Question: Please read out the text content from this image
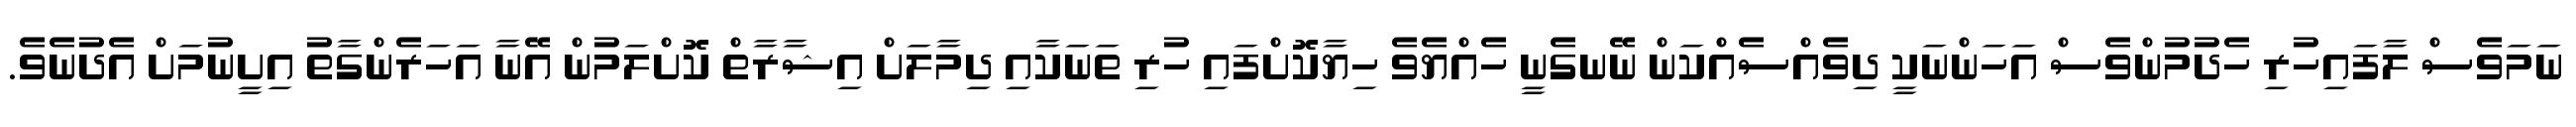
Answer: ނަމަވެސް ލާފައިހުރި ހެދުމުންވެސް އަހަންނަކީ ދިވެއްސެއްކަން ނޭނގެނީ ހެއްޔެވެ ހިޔާކޮށްފައި ހުރި ތަނަކާއި ދިމާލަށް އިޝާރާތް ކޮށްލަމުން އޭނާ އަހަރެންގާތު އިށީނުމަށް އެދުނެވެ.